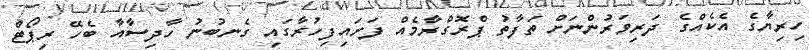
ހިރިޔާގެ އެކެއްގެ ދަރިވަރުންނަށް ތަފާތު ޕްރޮގްރާމެއް ފަށައިފިހުރާގައި ގެނބުނު ހާދިސާއާ ބެހޭ ރިޕޯޓް